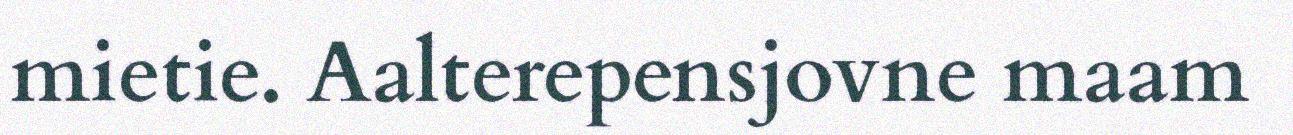
mietie. Aalterepensjovne maam